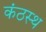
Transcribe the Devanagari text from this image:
कंठस्‍थ